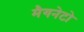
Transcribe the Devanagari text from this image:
मैगनेटो